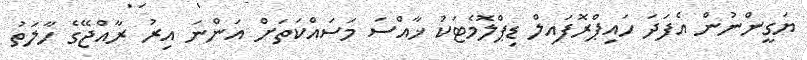
ޔަގީންނުން އެފަދަ ހައިޕްރޮފައިލް ޑިޕްލޮމެޓަކު ޚާއްސަ މަސައްކަތަށް އަންނަ އިރު ރާއްޖޭގެ ހާލަތު